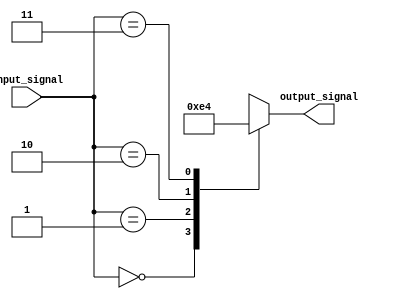
module simple_case_statement (
    input wire [1:0] input_signal,
    output reg [1:0] output_signal
);

always @(*) begin
    case(input_signal)
        2'b00: output_signal <= 2'b11; // If input_signal is 00, output_signal is set to 11
        2'b01: output_signal <= 2'b10; // If input_signal is 01, output_signal is set to 10
        2'b10: output_signal <= 2'b01; // If input_signal is 10, output_signal is set to 01
        2'b11: output_signal <= 2'b00; // If input_signal is 11, output_signal is set to 00
        default: output_signal <= 2'b00; // Default case (if no matching condition is found)
    endcase
end

endmodule